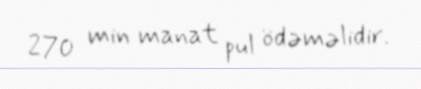
270 min manat pul ödəməlidir.